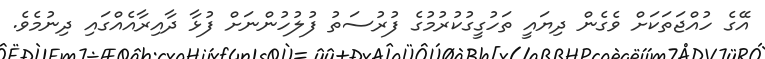
އޭގެ ހުއްޖަތަކަށް ވެގެން ދިޔައީ ތަހުގީގުކުރުމުގެ ފުރުސަތު ފުލުހުންނަށް ފުޅާ ދާއިރާއެއްގައި ދިނުމެވެ.